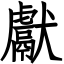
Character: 獻